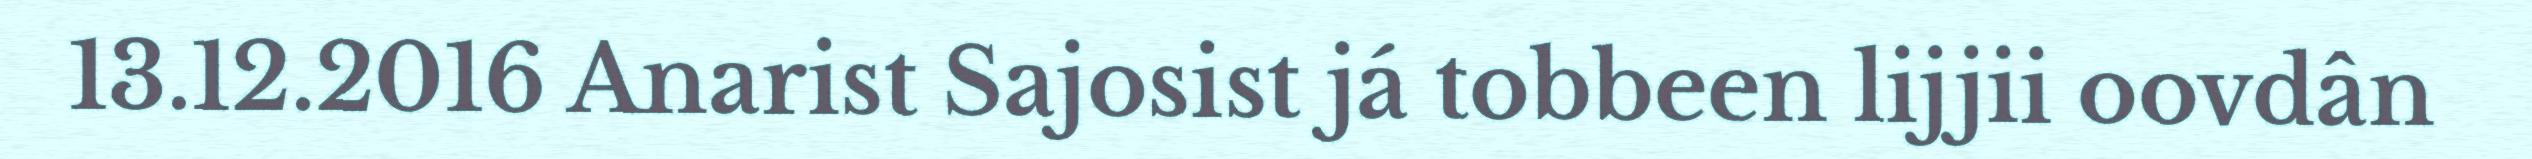
13.12.2016 Anarist Sajosist já tobbeen lijjii oovdân